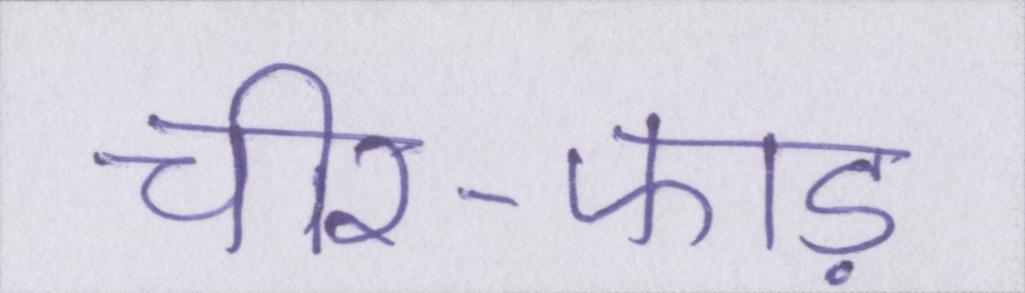
चीर-फाड़